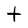
Character: t